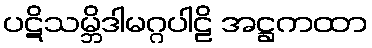
ပဋိသမ္ဘိဒါမဂ္ဂပါဠိ အဋ္ဌကထာ